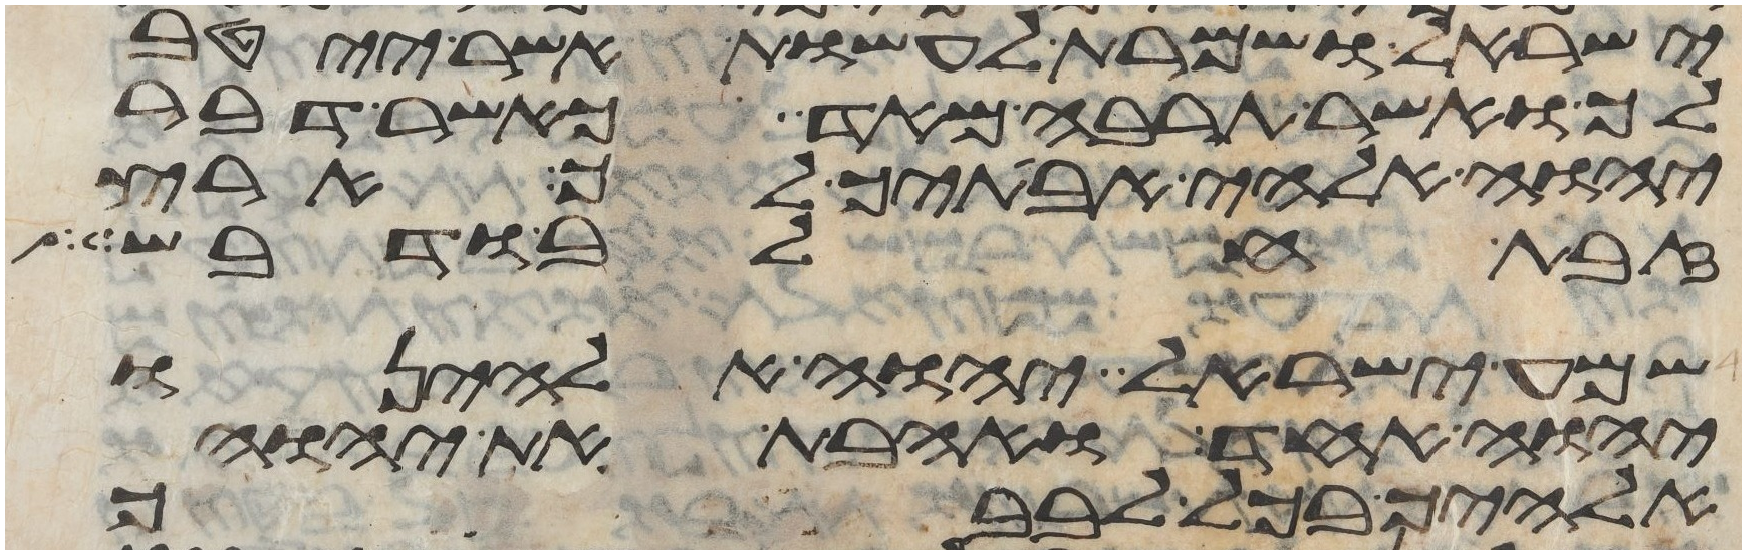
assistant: ישראל ושמרת לעשות אשר ייטב
לך ואשר תרבה מאד כאשר דבר
יהוה אלהי אבתיך לך ארץ
זבת חלב ודבש
שמע ישראל יהוה אלהינו
יהוה אחד ואהבת את יהוה
אלהיך בכל לבבך